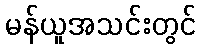
မန်ယူအသင်းတွင်